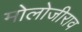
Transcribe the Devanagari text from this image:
मोलोजीराव